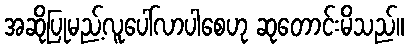
အဆိုပြုမည့်လူပေါ်လာပါစေဟု ဆုတောင်းမိသည်။